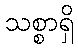
သစ္စာရှိ